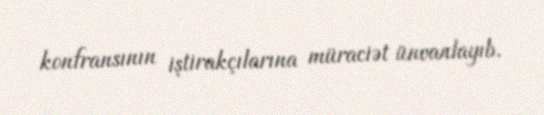
konfransının iştirakçılarına müraciət ünvanlayıb.